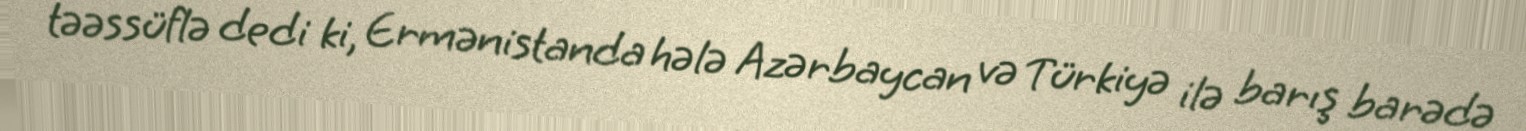
təəssüflə dedi ki, Ermənistanda hələ Azərbaycan və Türkiyə ilə barış barədə